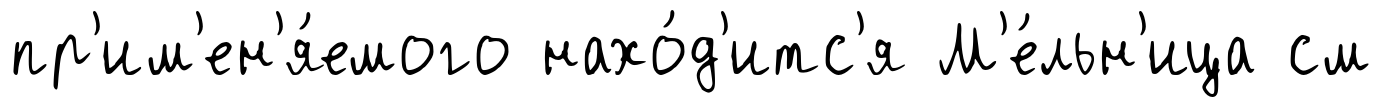
пр'им'ен'я́емого нахо́д'итс'я М'е́льн'ица см